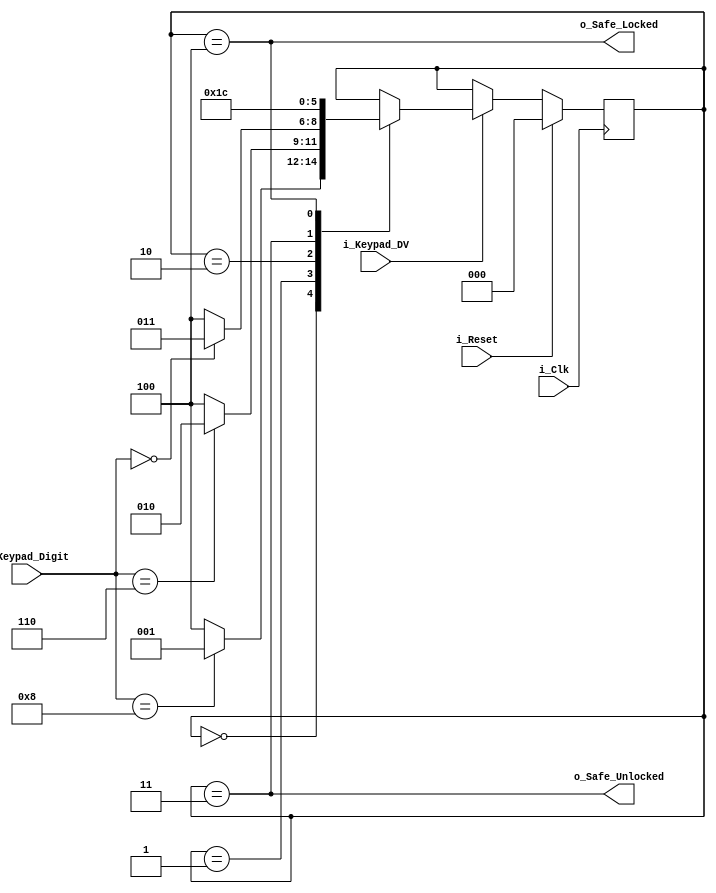
// Moore State Machine
// Takes the input keypress, looks for the specific password: 860
// If that is correct, will drive o_Safe_Unlocked high.
// If that is incorrect, will drive o_Safe_Locked high.
// Can be reset at any time by driving i_Reset.

module state_machine
 (input  i_Clk,       // Main Clock
  input  i_Reset,
  input  i_Keypad_DV,
  input [3:0] i_Keypad_Digit,
  output o_Safe_Unlocked,
  output o_Safe_Locked);

reg [2:0] r_SM_Main;

localparam CHECK_DIGIT_1 = 3'b000;
localparam CHECK_DIGIT_2 = 3'b001;
localparam CHECK_DIGIT_3 = 3'b010;
localparam SAFE_UNLOCKED = 3'b011;
localparam SAFE_LOCKED   = 3'b100;

localparam PASSWORD_DIGIT_1 = 4'd8;
localparam PASSWORD_DIGIT_2 = 4'd6;
localparam PASSWORD_DIGIT_3 = 4'd0;

//assign o_Safe_Locked = (r_SM_Main == SAFE_LOCKED) ? 1'b1 : 1'b0;  // Ternary Operator

assign o_Safe_Locked   = (r_SM_Main == SAFE_LOCKED);
assign o_Safe_Unlocked = (r_SM_Main == SAFE_UNLOCKED);

always @(posedge i_Clk)
begin
  if (i_Reset == 1'b1)
  begin
    r_SM_Main <= CHECK_DIGIT_1;
  end
  else
  begin
    if (i_Keypad_DV == 1'b1)
    begin
        case (r_SM_Main)
            CHECK_DIGIT_1: 
            begin
                if (i_Keypad_Digit == PASSWORD_DIGIT_1)
                begin
                    r_SM_Main <= CHECK_DIGIT_2;
                end      
                else
                begin
                    r_SM_Main <= SAFE_LOCKED;
                end
            end

            CHECK_DIGIT_2: 
            begin
                if (i_Keypad_Digit == PASSWORD_DIGIT_2)
                begin
                    r_SM_Main <= CHECK_DIGIT_3;
                end      
                else
                begin
                    r_SM_Main <= SAFE_LOCKED;
                end
            end

            CHECK_DIGIT_3: 
            begin
                if (i_Keypad_Digit == PASSWORD_DIGIT_3)
                begin
                    r_SM_Main <= SAFE_UNLOCKED;
                end      
                else
                begin
                    r_SM_Main <= SAFE_LOCKED;
                end
            end

            SAFE_UNLOCKED:
            begin
                r_SM_Main <= SAFE_UNLOCKED;
            end    
            
            SAFE_LOCKED: 
            begin
                r_SM_Main <= SAFE_LOCKED;
            end

        endcase
    end // i_Keypad_DV
  end
end

endmodule